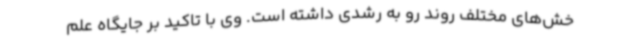
خش‌های مختلف روند رو به رشدی داشته است. وی با تاکید بر جایگاه علم